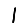
Digit: 1